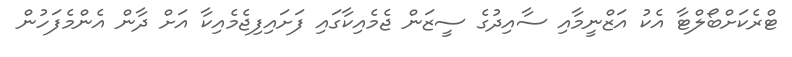
ޓްރެކަށްބޯލްޓާ އެކު އަޒްނީމާއި ސާއިދުގެ ސީޒަން ޖެމެއިކާގައި ފަށައިފިޖެމެއިކާ އަށް ދާން އެންމެފަހުން